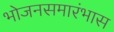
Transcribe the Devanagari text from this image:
भोजनसमारंभास